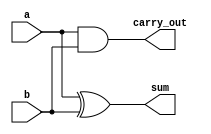
module HalfAdder_1B (a, b, carry_out, sum);
    input a, b;
    output carry_out, sum;

    and and1(carry_out, a, b);
    xor xor1(sum, a, b);
    
endmodule